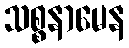
သစ္စနာမေန